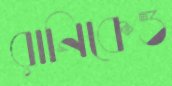
রানিকেও